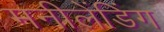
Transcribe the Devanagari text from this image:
मनीलेंडिंग